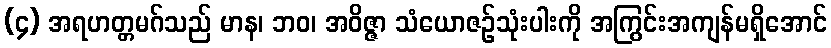
(၄) အရဟတ္တမဂ်သည် မာန၊ ဘဝ၊ အဝိဇ္ဇာ သံယောဇဉ်သုံးပါးကို အကြွင်းအကျန်မရှိအောင်